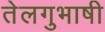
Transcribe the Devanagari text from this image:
तेलगुभाषी